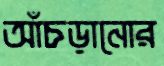
আঁচড়ানোর